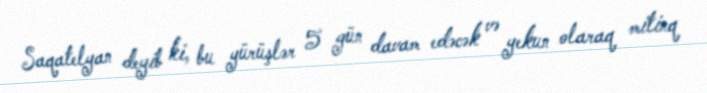
Saqatelyan deyib ki, bu yürüşlər 5 gün davam edəcək və yekun olaraq mitinq